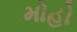
મોહો